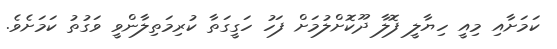
ކަމަށާއި މިއީ ހިޔާލީ ފޮލާ ދޫކޮށްލުމަށް ފަހު ހަގީގަތާ ކުރިމަތިލާންވީ ވަގުތު ކަމަށެވެ.